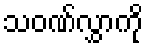
သဝဏ်လွှာကို